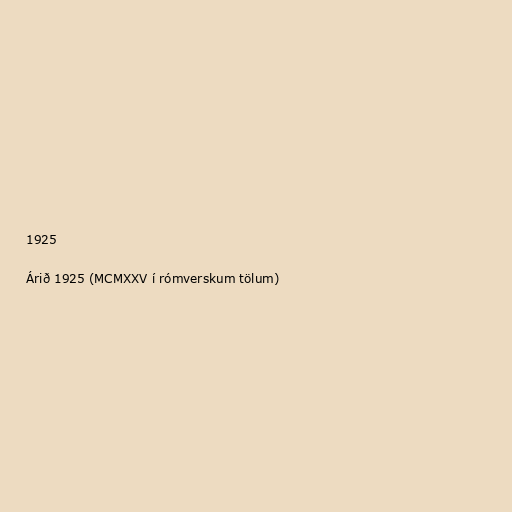
1925

Árið 1925 (MCMXXV í rómverskum tölum)